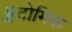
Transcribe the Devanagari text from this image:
ॲटोमिक